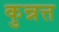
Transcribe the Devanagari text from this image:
कुन्नत्त